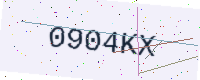
Text: 0904KX